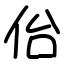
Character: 佁